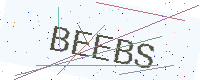
Text: BEEBS